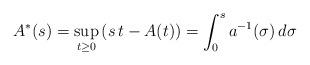
LaTeX: \begin{align*}A^*(s)=\sup_{t\ge 0} \left(s\, t -A(t)\right)=\int_0^s a^{-1}(\sigma)\, d\sigma\end{align*}